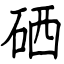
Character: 硒